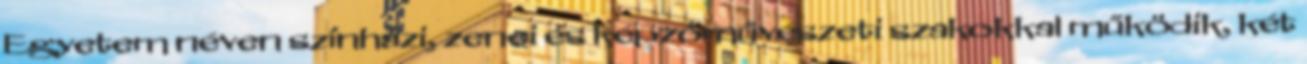
Egyetem néven színházi, zenei és képzőművészeti szakokkal működik, két